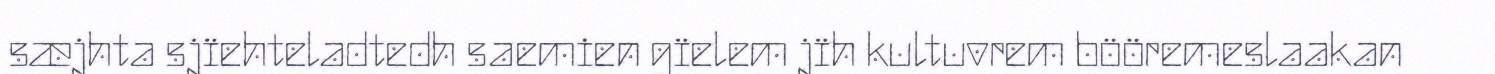
sæjhta sjïehteladtedh saemien gïelem jïh kultuvrem bööremeslaakan